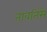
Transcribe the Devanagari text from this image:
तावतिंसे